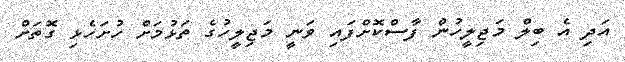
އަދި އެ ބިލް މަޖިލީހުން ފާސްކޮށްފައި ވަނީ މަޖިލީހުގެ ތަޅުމަށް ހުށަހެޅި ގޮތަށް